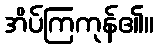
အိပ်ကြကုန်၏။